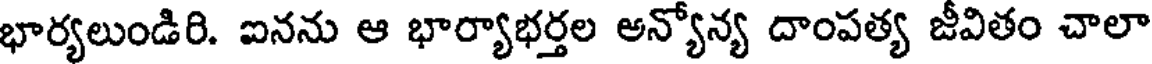
భార్యలుండిరి. ఐనను ఆ భార్యాభర్తల అన్యోన్య దాంపత్య జీవితం చాలా